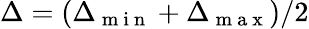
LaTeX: \Delta=(\Delta_{\mathrm{~m~i~n~}}+\Delta_{\mathrm{~m~a~x~}})/2